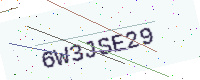
Text: 6W3JSE29